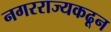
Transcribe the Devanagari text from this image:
नगरराज्यकढून